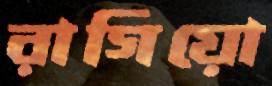
রাগিয়ো